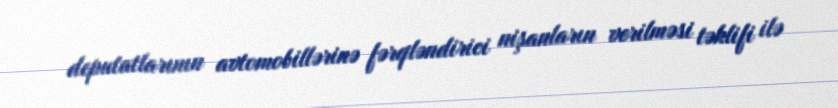
deputatlarının avtomobillərinə fərqləndirici nişanların verilməsi təklifi ilə